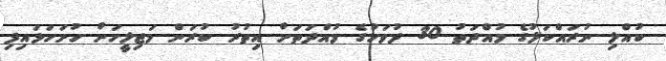
ކުއްލި ނުރައްކަލުގެ މުއްދަތު 30 ދުވަހުގެ މުއްދަތަށް އިތުރު ކުރަން މަޖިލީހަށް ހުށަހަޅައިފި